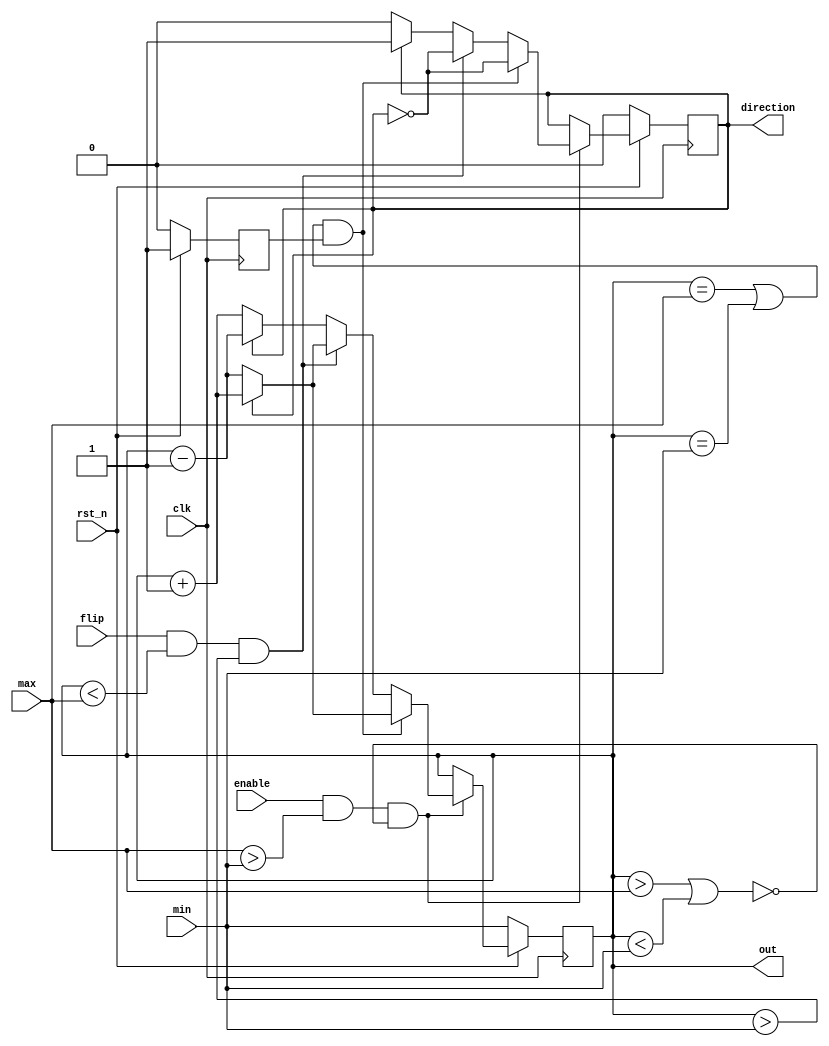
`timescale 1ns / 1ps

module PPC (clk, rst_n, enable, flip, max, min, direction, out);
input clk, rst_n;
input enable;
input flip;
input [4-1:0] max;
input [4-1:0] min;
output direction;
output [4-1:0] out;
reg direction, next_direction;
reg [4-1:0] out, next_out;
reg check_rst;

parameter up = 1'b0;
parameter down = 1'b1;

wire isborder = ((out == max || out == min) && check_rst);
wire out_of_range = (out > max || out < min);
wire available = (enable && max > min && !out_of_range);
wire Flip = (flip && out < max && out > min);


always @(posedge clk /*or negedge rst_n*/) begin
    if(!rst_n) begin
        out <= min;
        direction <= up;
        check_rst <= 1'b0;
     end else begin
        out <= next_out;
        direction <= next_direction;
        check_rst <= 1'b1;
     end
end

always @(*) begin
    if(!available) begin
        next_direction = direction;
        next_out = out;
    end else begin
        if(isborder) begin
           next_direction = ~direction;
           next_out = (direction == up) ? out - 1'b1 : out + 1'b1;
        end else begin
            if(Flip) begin
                next_direction = ~direction;
                next_out = (direction == up) ? out - 1'b1 : out + 1'b1;
            end else begin
                if(direction == up) begin
                    next_direction = up;
                    next_out = out + 1'b1;
                end else begin
                    next_direction = down;
                    next_out = out - 1'b1;
                end
            end
        end
    end    
end             
endmodule